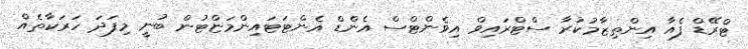
ޓްރޭޑް ފެއާ އިންތިޒާމުކުރާ ސްޓްރައިވް އިވެންޓްސް އެންޑް އެންޓަޓައިންމަޏްޓުން ބުނީ މިފަދަ ހަރަކާތެއް